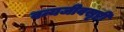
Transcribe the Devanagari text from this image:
वन्यजीवसृष्टी